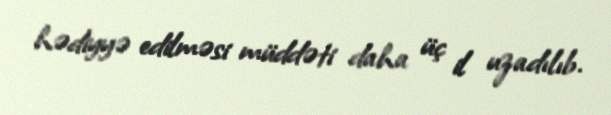
hədiyyə edilməsi müddəti daha üç il uzadılıb.